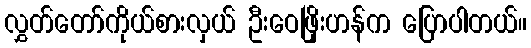
လွှတ်တော်ကိုယ်စားလှယ် ဦးဝေဖြိုးဟန်က ပြောပါတယ်။